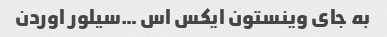
به جای وینستون ایکس اس …سیلور اوردن